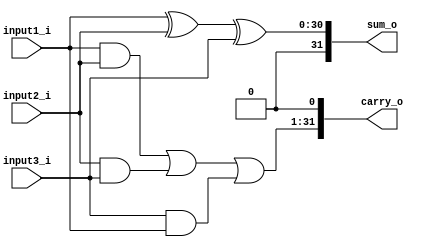
module carry_save_adder(input1_i,input2_i,input3_i,sum_o,carry_o);
  parameter width = 32;

input [width-2:0]input1_i,input2_i,input3_i;
output [width-1:0]sum_o,carry_o;

assign sum_o[width-2:0]=input1_i^input2_i^input3_i;
assign carry_o[width-1:1]= (input1_i&input2_i) | (input2_i&input3_i) | (input3_i&input1_i);
assign carry_o[0]=0;
assign sum_o[width-1]=0;

endmodule